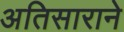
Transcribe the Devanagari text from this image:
अतिसाराने